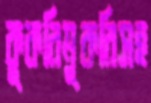
কুকরিমুকরিসহ